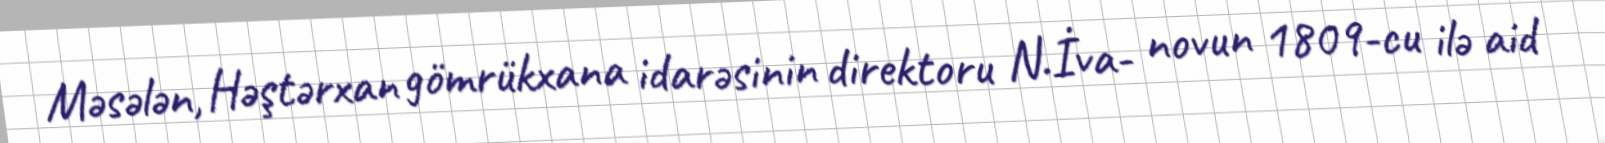
Məsələn, Həştərxan gömrükxana idarəsinin direktoru N.İva- novun 1809-cu ilə aid